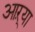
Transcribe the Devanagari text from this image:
आऱ्या